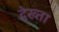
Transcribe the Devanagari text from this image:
देख्ता